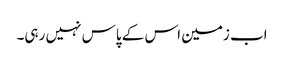
اب زمین اس کے پاس نہیں رہی۔